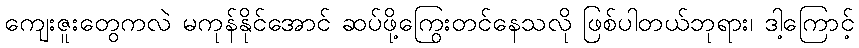
ကျေးဇူးတွေကလဲ မကုန်နိုင်အောင် ဆပ်ဖို့ကြွေးတင်နေသလို ဖြစ်ပါတယ်ဘုရား၊ ဒါ့ကြောင့်